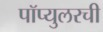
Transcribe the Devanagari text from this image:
पॉप्युलरची